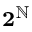
\scriptstyle \mathbf { 2 } ^ { \mathbb { N } }